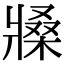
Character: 𤖒